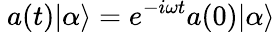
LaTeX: ~a(t)|\alpha\rangle=e^{-i\omega t}a(0)|\alpha\rangle